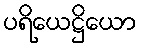
ပရိယေဋ္ဌိယော